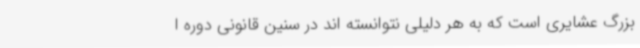
بزرگ عشایری است که به هر دلیلی نتوانسته اند در سنین قانونی دوره ا